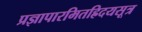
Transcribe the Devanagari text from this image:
प्रज्ञापारमितह्रिदयसूत्र